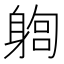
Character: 𨉫